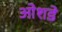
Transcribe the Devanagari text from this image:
ओशडे